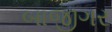
બાજીગર